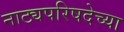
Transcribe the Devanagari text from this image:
नाट्यपरिषदेच्या